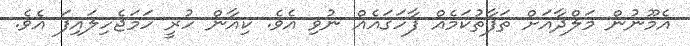
އެމޫނުން މަލްދާއަށް ތަފާތުކަމެއް ފާހަގައެއް ނުވި އެވެ. ކިއާން ހުރީ ހަމަޖެހިލައިފަ އެވެ.